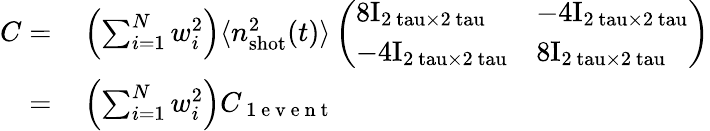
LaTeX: \begin{array}{rl}{C=}&{{}\left(\sum_{i=1}^{N}w_{i}^{2}\right)\langle n_{\mathrm{shot}}^{2}(t)\rangle\left(\begin{array}{ll}{8\mathrm{{I}_{2\ tau\times 2\ tau}}}&{-4\mathrm{{I}_{2\ tau\times 2\ tau}}}\\ {-4\mathrm{{I}_{2\ tau\times 2\ tau}}}&{8\mathrm{{I}_{2\ tau\times 2\ tau}}}\end{array}\right)}\\ {=}&{{}\left(\sum_{i=1}^{N}w_{i}^{2}\right)C_{\mathrm{~1~e~v~e~n~t~}}}\end{array}